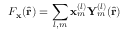
F _ { \mathbf { x } } ( \hat { \mathbf { r } } ) = \sum _ { l , m } \mathbf { x } _ { m } ^ { ( l ) } \mathbf { Y } _ { m } ^ { ( l ) } ( \hat { \mathbf { r } } )